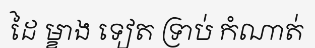
ដៃ ម្ខាង ទៀត ទ្រាប់ កំណាត់